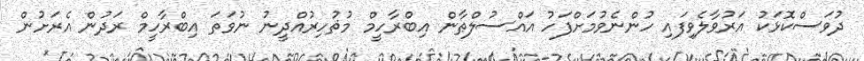
ދުވަސްކޮޅަކު އަރުވާލެވިފައި ހުންނެވުމަށްފަހު އައްސުލްޠާން އިބްރާހީމް މުޡުހިރުއްދީނު ނުވަތަ އިބްރާހީމް ރަދުން އެރަށުން